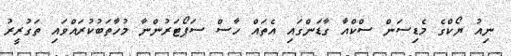
ނިއު ޔޯކްގެ މެޑިސަން ސްކްއާ ގާޑަންގައި އެތައް ހާސް ސަޕޯޓަރުންނާ މުހާތަބުކުރައްވައި ތަގުރީރު